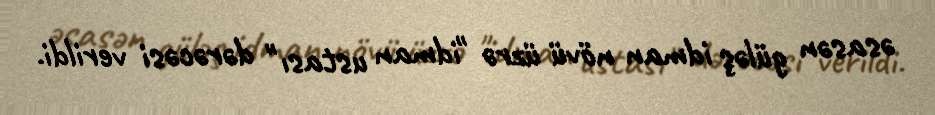
əsasən güləş idman növü üzrə "idman ustası" dərəcəsi verildi.